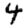
Digit: 4